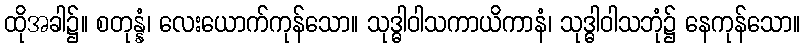
ထိုအခါ၌။ စတုန္နံ၊ လေးယောက်ကုန်သော။ သုဒ္ဓါဝါသကာယိကာနံ၊ သုဒ္ဓါဝါသဘုံ၌ နေကုန်သော။